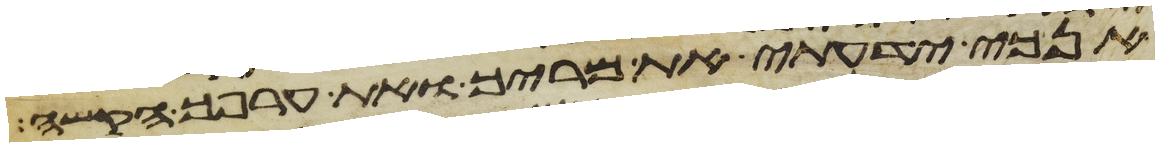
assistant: אנכי ידעתי את מריך ואת ערפך הקשה